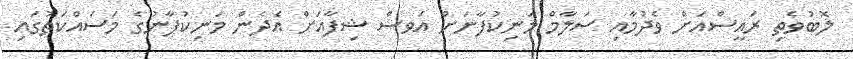
ލޮބުވެތި ރައީސްއަށް ވެދުމާއި ސަލާމް މަނިކުފާނަށް އަވސް ޝިފާއަށް އެދެން މަނިކުފާނުގެ މަސައްކަތުގައި